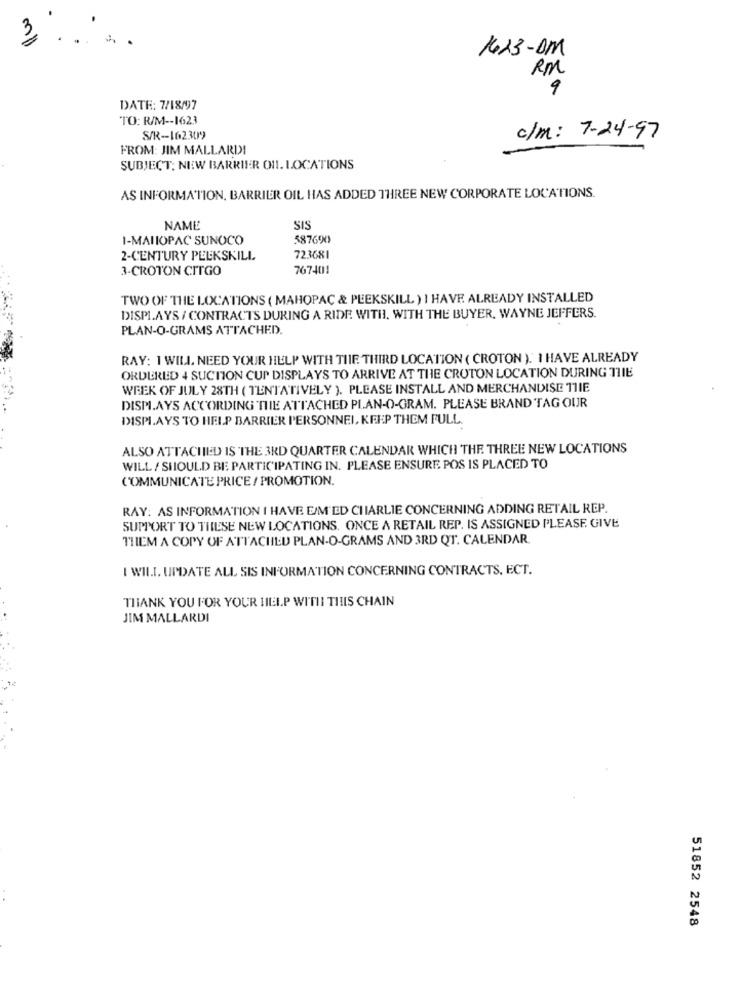
1623-DM
RM
9
DATE: 7/18/97
TO: R/M -- 1623
S/R-1623099
c/m: 7-24-97
FROM: JIM MALLARDI
SUBJECT: NEW BARRIER ON. LOCATIONS
AS INFORMATION, BARRIER OIL HAS ADDED THREE NEW CORPORATE LOCATIONS.
NAME
SIS
1-MAIOPAC SUNOCO
587690
2-CENTURY PEEKSKILL
723681
3-CROTON CITGO
767401
TWO OF THE LOCATIONS ( MAHOPAC & PEEKSKILL ) I HAVE ALREADY INSTALLED
DISPLAYS / CONTRACTS DURING A RIDE WITH, WITH THE BUYER, WAYNE JEFFERS.
PLAN-O-GRAMS ATTACHED.
RAY: 1 WILL. NEED YOUR HELP WITH THE THIRD LOCATION ( CROTON )." I HAVE ALREADY
ORDERED 4 SUCTION CUP DISPLAYS TO ARRIVE AT THE CROTON LOCATION DURING THE
WEEK OF JULY 28TH ( TENTATIVELY ). PLEASE INSTALL AND MERCHANDISE TIIE
DISPLAYS ACCORDING THE ATTACHED PLAN-O-GRAM. PLEASE BRAND TAG OUR
DISPLAYS TO HELP BARRIER PERSONNEL, KEEP THEM FULL.
ALSO ATTACHED IS THE 3RD QUARTER CALENDAR WHICH THE THREE NEW LOCATIONS
WILL / SHOULD BE PARTICIPATING IN. PLEASE ENSURE POS IS PLACED TO
COMMUNICATE PRICE / PROMOTION.
RAY: AS INFORMATION I HAVE E/M'ED CHARLIE CONCERNING ADDING RETAIL REP.
SUPPORT TO THESE NEW LOCATIONS. ONCE A RETAIL REP. IS ASSIGNED PLEASE. GIVE
THIEM A COPY OF ATTACHED PLAN-O-GRAMS AND 3RD QT. CALENDAR.
I WILL. UPDATE ALL SIS INFORMATION CONCERNING CONTRACTS, ECT.
THANK YOU FOR YOUR HELP WITH THIS CHAIN
JIM MALLARDI
51852 2548